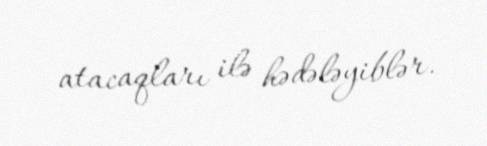
atacaqları ilə hədələyiblər.